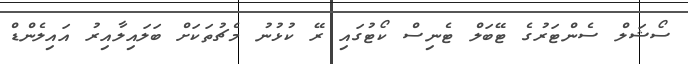
ސޯޝަލް ސެންޓަރުގެ ޓޭބަލް ޓެނިސް ކޯޓުގައި ރޭ ކުޅުނު މެޗުތަކަށް ބަލައިލާއިރު އައިލެންޑް